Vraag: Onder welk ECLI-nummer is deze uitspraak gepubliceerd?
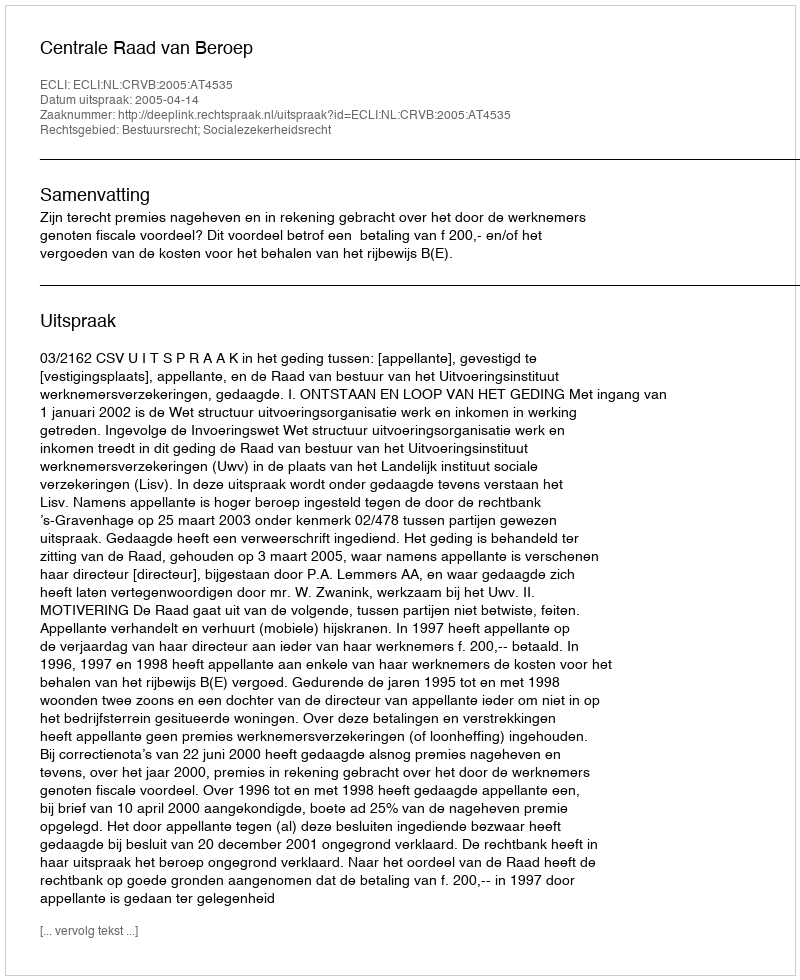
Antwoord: ECLI:NL:CRVB:2005:AT4535